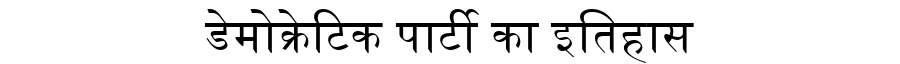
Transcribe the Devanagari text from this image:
डेमोक्रेटिक पार्टी का इतिहास